Indian journal of veterinary science and animal husbandry - Volumes 22-23, 1952-1953
Year: 1952
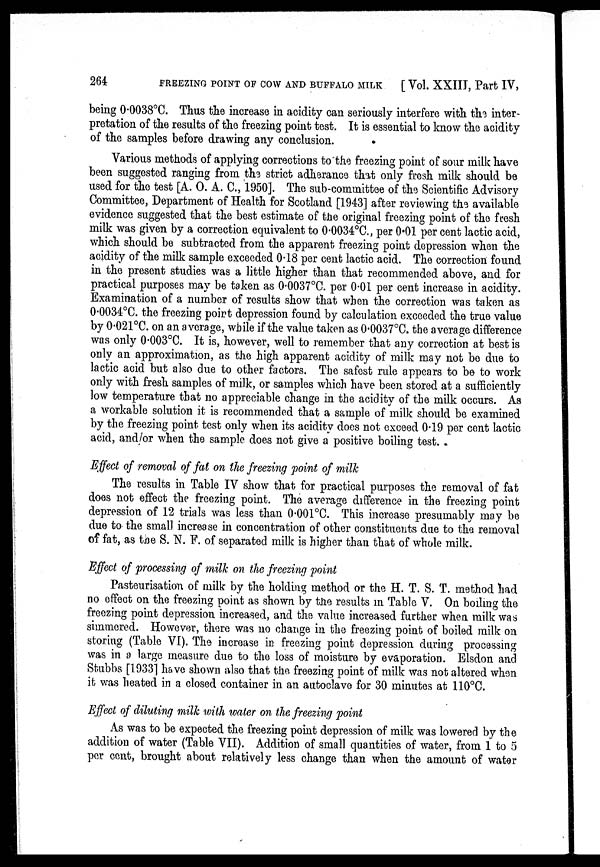
264
FREEZING POINT OF COW AND BUFFALO MILK
[Vol. XXIII, Part IV,
being 0.0038ºC. Thus the increase in acidity can seriously interfere with the inter-
pretation of the results of the freezing point test. It is essential to know the acidity
of the samples before drawing any conclusion.
Various methods of applying corrections to the freezing point of sour milk have
been suggested ranging from the strict adherance that only fresh milk should be
used for the test [A. O. A. C., 1950]. The sub-committee of the Scientific Advisory
Committee, Department of Health for Scotland [1943] after reviewing the available
evidence suggested that the best estimate of the original freezing point of the fresh
milk was given by a correction equivalent to 0.0034ºC., per 0.01 per cent lactic acid,
which should be subtracted from the apparent freezing point depression when the
acidity of the milk sample exceeded 0.18 per cent lactic acid. The correction found
in the present studies was a little higher than that recommended above, and for
practical purposes may be taken as 0.0037ºC. per 0.01 per cent increase in acidity.
Examination of a number of results show that when the correction was taken as
0.0034ºC. the freezing point depression found by calculation exceeded the true value
by 0.021ºC. on an average, while if the value taken as 0.0037ºC. the average difference
was only 0.003ºC. It is, however, well to remember that any correction at best is
only an approximation, as the high apparent acidity of milk may not be due to
lactic acid but also due to other factors. The safest rule appears to be to work
only with fresh samples of milk, or samples which have been stored at a sufficiently
low temperature that no appreciable change in the acidity of the milk occurs. As
a workable solution it is recommended that a sample of milk should be examined
by the freezing point test only when its acidity does not exceed 0.19 per cent lactic
acid, and/or when the sample does not give a positive boiling test.
Effect of removal of fat on the freezing point of milk
The results in Table IV show that for practical purposes the removal of fat
does not effect the freezing point. The average difference in the freezing point
depression of 12 trials was less than 0.001ºC. This increase presumably may be
due to the small increase in concentration of other constituents due to the removal
of fat, as the S. N. F. of separated milk is higher than that of whole milk.
Effect of processing of milk on the freezing point
Pasteurisation of milk by the holding method or the H. T. S. T. method had
no effect on the freezing point as shown by the results in Table V. On boiling the
freezing point depression increased, and the value increased further when milk was
simmered. However, there was no change in the freezing point of boiled milk on
storing (Table VI). The increase in freezing point depression during processing
was in a large measure due to the loss of moisture by evaporation. Elsdon and
Stubbs [1933] have shown also that the freezing point of milk was not altered when
it was heated in a closed container in an autoclave for 30 minutes at 110ºC.
Effect of diluting milk with water on the freezing point
As was to be expected the freezing point depression of milk was lowererd by the
addition of water (Table VII). Addition of small quantities of water, from 1 to 5
per cent, brought about relatively less change than when the amount of water